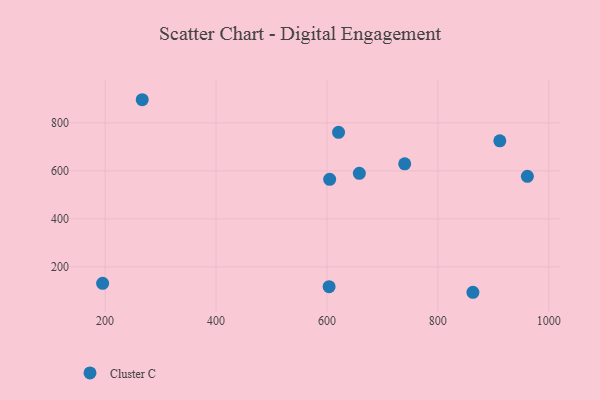
{"axis": {"x": "Investment", "y": "Salary"}, "legend": ["Cluster C"], "data": [{"x": "195.5", "y": 131.5, "type": "Cluster C"}, {"x": "863.2", "y": 94.1, "type": "Cluster C"}, {"x": "620.9", "y": 760.7, "type": "Cluster C"}, {"x": "266.9", "y": 896.7, "type": "Cluster C"}, {"x": "604.9", "y": 564.7, "type": "Cluster C"}, {"x": "658.4", "y": 589.8, "type": "Cluster C"}, {"x": "603.9", "y": 117.6, "type": "Cluster C"}, {"x": "961.4", "y": 577.4, "type": "Cluster C"}, {"x": "911.7", "y": 725.5, "type": "Cluster C"}, {"x": "740.2", "y": 629.7, "type": "Cluster C"}]}